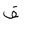
Letter: _fa